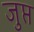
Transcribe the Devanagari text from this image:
जुप्त